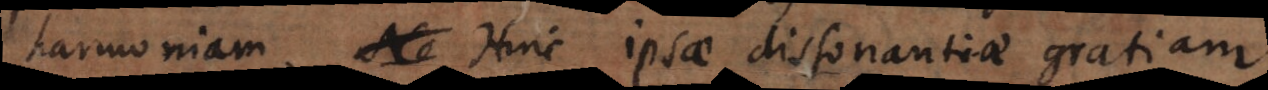
harmoniam. Hinc ipsae dissonantiae gratiam